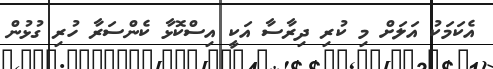
އެކަމަކު އަލަށް މި ކުރި ދިރާސާ އަކީ އިސްކޮޅާ ކެންސަރާ ހުރި ގުޅުން